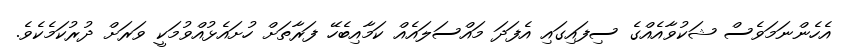
އެހެންނަމަވެސް ޝަކުވާއެއްގެ ސިފައިގައި އެފަދަ މައްސަލައެއް ކަމާއިބެހޭ ފަރާތަށް ހުށައެޅުއްވުމަކީ ވަރަށް ދުރުކަމެކެވެ.